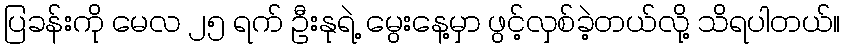
ပြခန်းကို မေလ ၂၅ ရက် ဦးနုရဲ့ မွေးနေ့မှာ ဖွင့်လှစ်ခဲ့တယ်လို့ သိရပါတယ်။